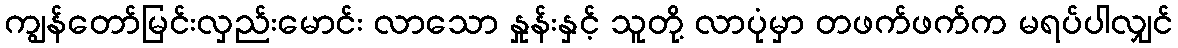
ကျွန်တော်မြင်းလှည်းမောင်း လာသော နှုန်းနှင့် သူတို့ လာပုံမှာ တဖက်ဖက်က မရပ်ပါလျှင်